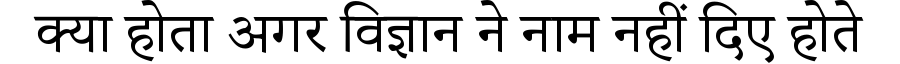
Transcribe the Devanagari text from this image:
क्या होता अगर विज्ञान ने नाम नहीं दिए होते